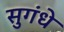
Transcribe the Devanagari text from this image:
सुगंधे